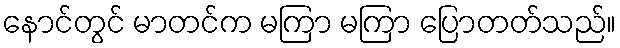
နောင်တွင် မာတင်က မကြာ မကြာ ပြောတတ်သည်။